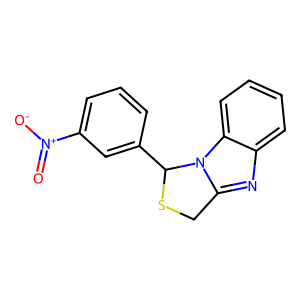
SMILES: O=[N+]([O-])c1cccc(C2SCc3nc4ccccc4n32)c1
Inhibits HIV replication: No